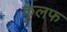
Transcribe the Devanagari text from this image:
कुलफ